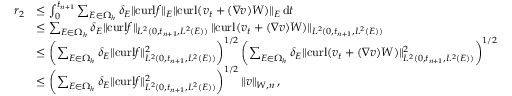
\begin{array} { r l } { r _ { 2 } } & { \leq \int _ { 0 } ^ { t _ { n + 1 } } \sum _ { E \in \Omega _ { h } } \delta _ { E } \| { \mathrm { c u r l } } \boldsymbol { f } \| _ { E } \| { \mathrm { c u r l } } ( \boldsymbol { v } _ { t } + ( \boldsymbol { \nabla } \boldsymbol { v } ) \boldsymbol { W } ) \| _ { E } \, \mathrm { d } t } \\ & { \leq \sum _ { E \in \Omega _ { h } } \delta _ { E } \| { \mathrm { c u r l } } \boldsymbol { f } \| _ { L ^ { 2 } ( 0 , t _ { n + 1 } , L ^ { 2 } ( E ) ) } \, \| { \mathrm { c u r l } } ( \boldsymbol { v } _ { t } + ( \boldsymbol { \nabla } \boldsymbol { v } ) \boldsymbol { W } ) \| _ { L ^ { 2 } ( 0 , t _ { n + 1 } , L ^ { 2 } ( E ) ) } } \\ & { \leq \biggl ( \sum _ { E \in \Omega _ { h } } \delta _ { E } \| { \mathrm { c u r l } } \boldsymbol { f } \| _ { L ^ { 2 } ( 0 , t _ { n + 1 } , L ^ { 2 } ( E ) ) } ^ { 2 } \biggr ) ^ { 1 / 2 } \, \biggl ( \sum _ { E \in \Omega _ { h } } \delta _ { E } \| { \mathrm { c u r l } } ( \boldsymbol { v } _ { t } + ( \boldsymbol { \nabla } \boldsymbol { v } ) \boldsymbol { W } ) \| _ { L ^ { 2 } ( 0 , t _ { n + 1 } , L ^ { 2 } ( E ) ) } ^ { 2 } \biggr ) ^ { 1 / 2 } } \\ & { \leq \biggl ( \sum _ { E \in \Omega _ { h } } \delta _ { E } \| { \mathrm { c u r l } } \boldsymbol { f } \| _ { L ^ { 2 } ( 0 , t _ { n + 1 } , L ^ { 2 } ( E ) ) } ^ { 2 } \biggr ) ^ { 1 / 2 } \, \| \boldsymbol { v } \| _ { \boldsymbol { W } , n } \, , } \end{array}